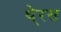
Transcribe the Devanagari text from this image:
थे्रस